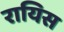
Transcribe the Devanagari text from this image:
रायिस